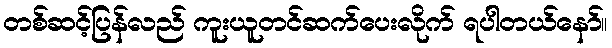
တစ်ဆင့်ပြန်လည် ကူးယူတင်ဆက်ပေးလိုက် ရပါတယ်နော်။